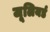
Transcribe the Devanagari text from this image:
जूलियर्ड